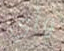
وأي